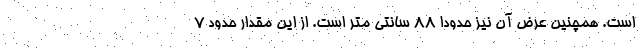
است. همچنین عرض آن نیز حدودا ۸۸ سانتی متر است. از این مقدار حدود ۷